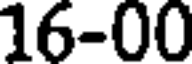
16-00